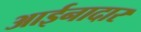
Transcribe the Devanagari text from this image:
आईनादार